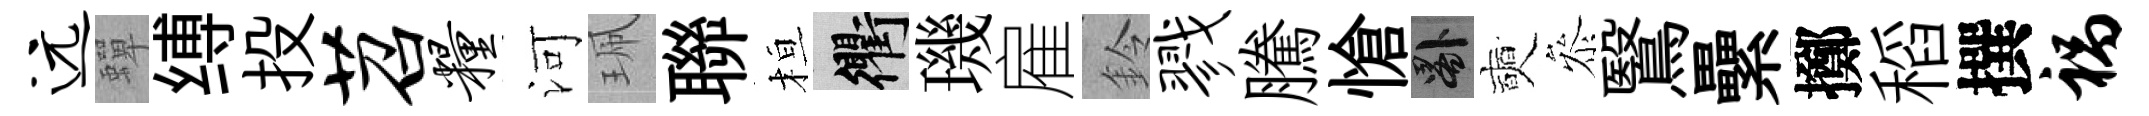
远蟬缚投苕粮河珮聯桓衢璣雇鈴戮騰愴晷奭叅鷖纍擲稻撰祸